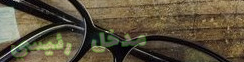
مدخل رئيسي